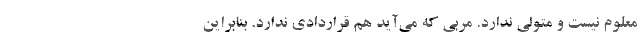
معلوم نیست و متولی ندارد. مربی که می‌آید هم قراردادی ندارد. بنابراین